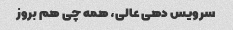
سرویس دهی عالی، همه چی هم بروز